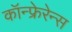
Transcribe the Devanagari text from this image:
कॉन्फ्रेरेन्स